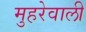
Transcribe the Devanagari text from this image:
मुहरेवाली